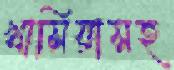
খাসিয়াসহ